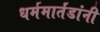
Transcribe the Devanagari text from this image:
धर्ममार्तंडांनी